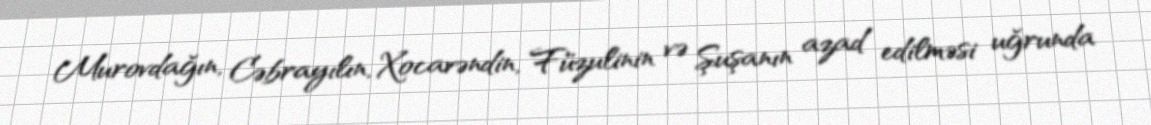
Murovdağın, Cəbrayılın, Xocavəndin, Füzulinin və Şuşanın azad edilməsi uğrunda